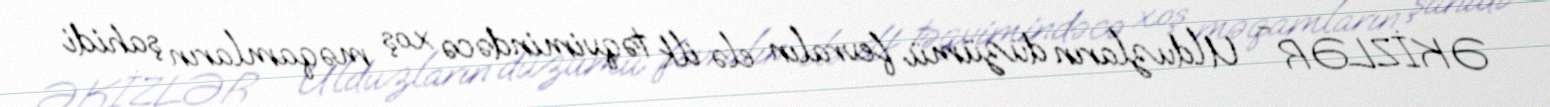
ƏKİZLƏR - Ulduzların düzümü fevralın elə ilk təqvimindəcə xoş məqamların şahidi